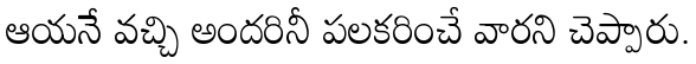
ఆయనే వచ్చి అందరినీ పలకరించే వారని చెప్పారు.